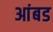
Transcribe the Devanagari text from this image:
आंबड